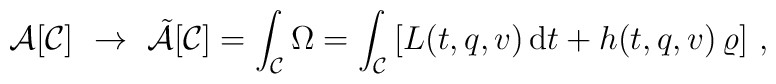
{\cal A}[{\cal C}]\,\,\rightarrow\,\,\tilde{\cal A}[{\cal C}]=\int_{\cal C}\Omega=\int_{\cal C}\left[ L(t,q,v)\,\mbox{d}t+h(t,q,v)\,\varrho\right]\,,